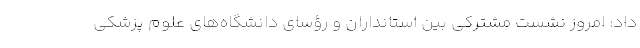
داد: امروز نشست مشترکی بین استانداران و رؤسای دانشگاه‌های علوم پزشکی